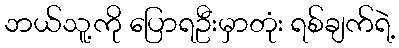
ဘယ်သူ့ကို ပြောရဦးမှာတုံး ရစ်ချက်ရဲ့